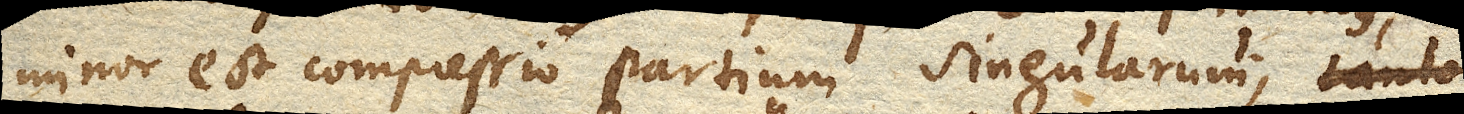
minor est compressio partium singularum; tanto